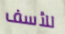
للأسف